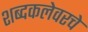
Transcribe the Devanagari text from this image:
शब्दकलेवरचे